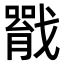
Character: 𢨐